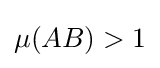
\mu (AB)>1